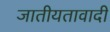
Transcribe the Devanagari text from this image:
जातीयतावादी